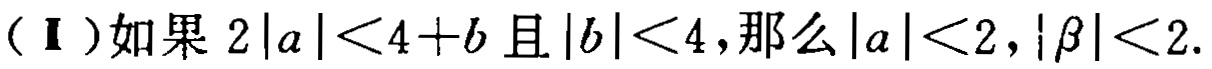
(Ⅰ)如果 \(2|a|<4 + b\) 且 \(|b|<4\),那么 \(|a|<2\), \(|\beta|<2\).